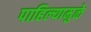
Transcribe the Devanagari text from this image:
पाहिल्यामुळे